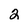
Character: 2